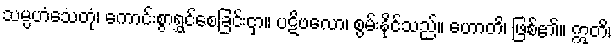
သမ္ပဟံသေတုံ၊ ကောင်းစွာရွှင်စေခြင်းငှာ။ ပဋိဗလော၊ စွမ်းနိုင်သည်။ ဟောတိ၊ ဖြစ်၏။ ဣတိ၊